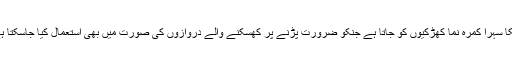
اسکا سہرا کمرہ نما کھڑکیوں کو جاتا ہے جنکو ضرورت پڑنے پر کھسکنے والے دروازوں کی صورت میں بھی استعمال کیا جاسکتا ہے۔